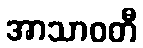
အာသာဝတီ